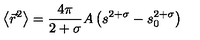
\left\langle { \vec { r } ^ { 2 } } \right\rangle = \frac { 4 \pi } { 2 + \sigma } A \left( s ^ { 2 + \sigma } - s _ { 0 } ^ { 2 + \sigma } \right)